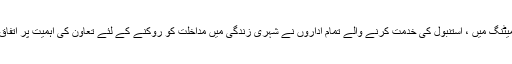
اس میٹنگ میں ، استنبول کی خدمت کرنے والے تمام اداروں نے شہری زندگی میں مداخلت کو روکنے کے لئے تعاون کی اہمیت پر اتفاق کیا۔